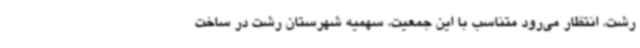
رشت، انتظار می‌رود متناسب با این جمعیت، سهمیه شهرستان رشت در ساخت